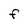
Character: F